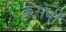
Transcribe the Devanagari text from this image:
कैसेबी